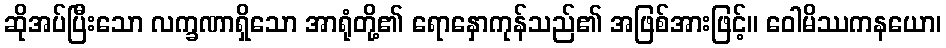
ဆိုအပ်ပြီးသော လက္ခဏာရှိသော အာရုံတို့၏ ရောနှောကုန်သည်၏ အဖြစ်အားဖြင့်။ ဝေါမိဿကနယော၊